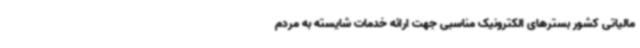
مالیاتی کشور بسترهای الکترونیک مناسبی جهت ارائه خدمات شایسته به مردم